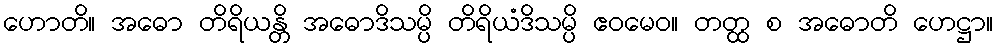
ဟောတိ။ အဓော တိရိယန္တိ အဓောဒိသမ္ပိ တိရိယံဒိသမ္ပိ ဧဝမေဝ။ တတ္ထ စ အဓောတိ ဟေဋ္ဌာ။